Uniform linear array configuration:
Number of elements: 12
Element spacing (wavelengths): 0.5
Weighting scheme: cosine
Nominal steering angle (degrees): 45
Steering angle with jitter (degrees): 44.239
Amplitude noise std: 0.05
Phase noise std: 0.05

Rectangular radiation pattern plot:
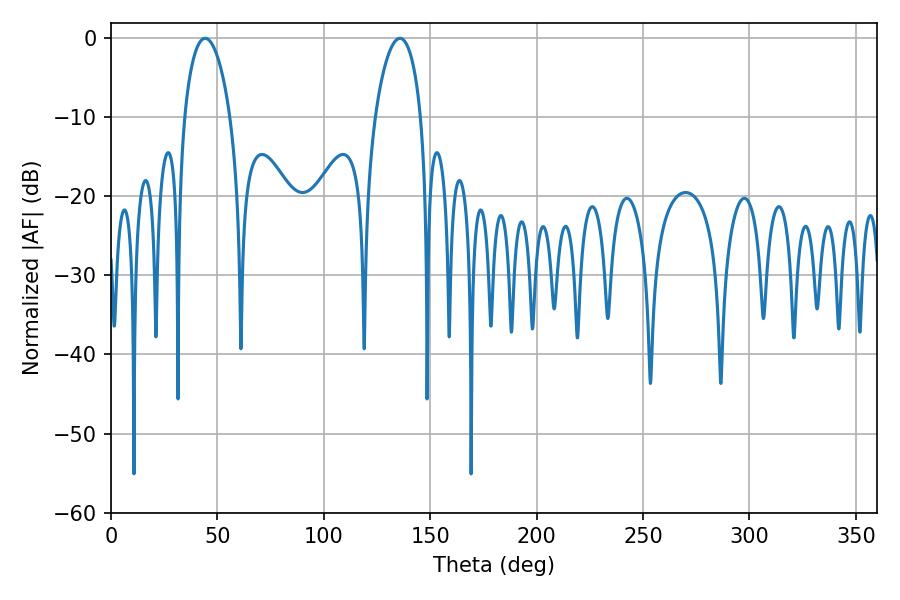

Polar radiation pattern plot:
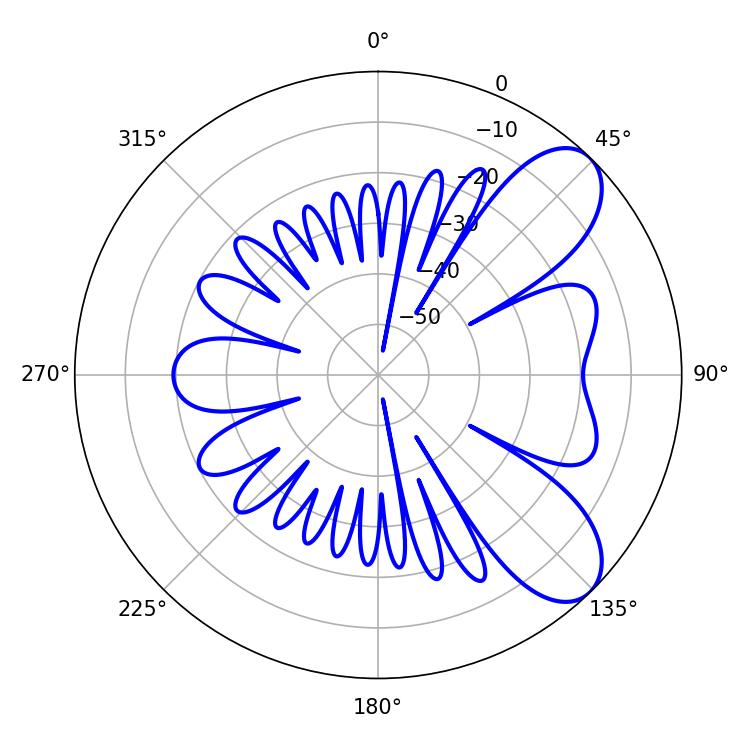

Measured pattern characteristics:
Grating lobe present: FALSE
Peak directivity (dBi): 7.849
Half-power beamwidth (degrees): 12.24
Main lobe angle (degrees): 44.28